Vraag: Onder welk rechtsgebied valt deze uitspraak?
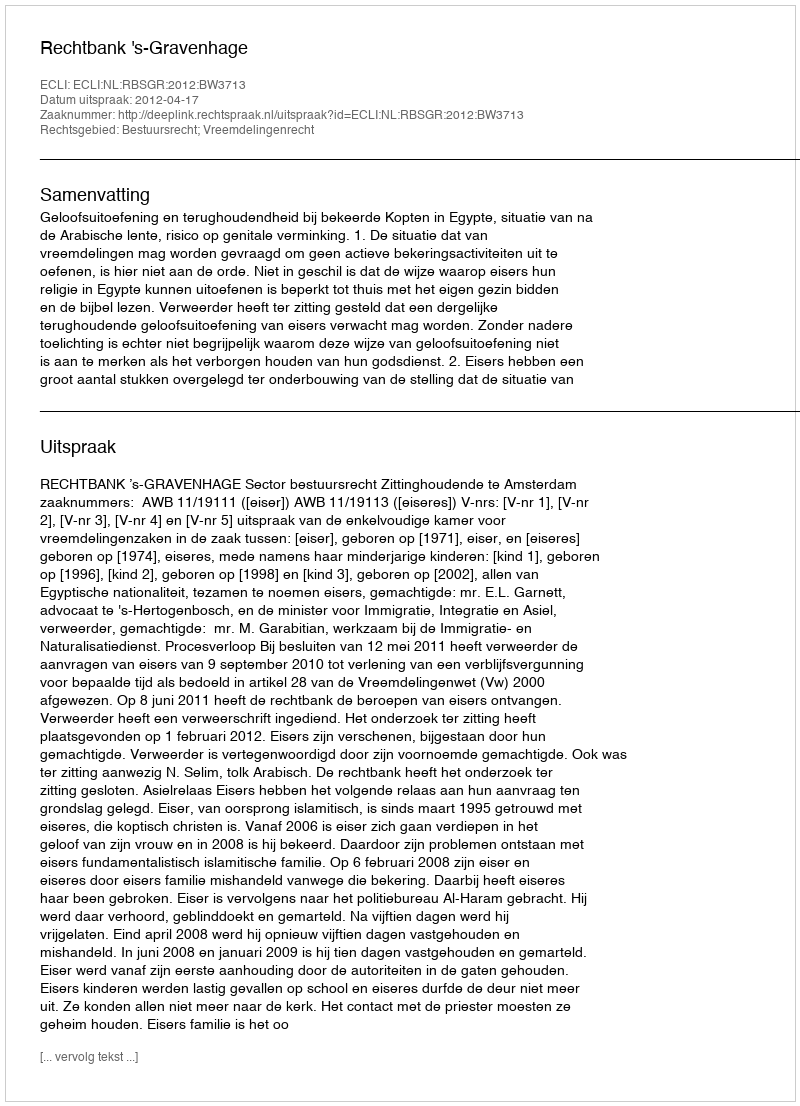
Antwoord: Bestuursrecht; Vreemdelingenrecht